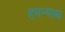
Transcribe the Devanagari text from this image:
हयन्याश्च